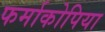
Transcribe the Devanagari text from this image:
फर्माकोपिया